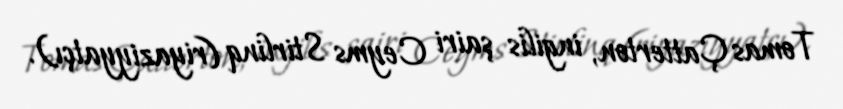
Tomas Çatterton, ingilis şairi Ceyms Stirlinq (riyaziyyatçı).